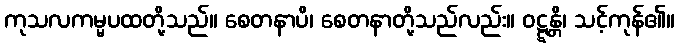
ကုသလကမ္မပထတို့သည်။ စေတနာပိ၊ စေတနာတို့သည်လည်း။ ဝဋ္ဋန္တိ၊ သင့်ကုန်၏။